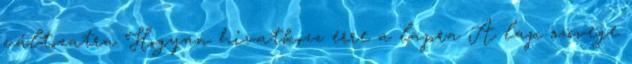
változatra Hogyan hivatkozz erre a lapra A lap szövege